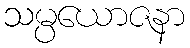
သမ္ပယောဇနာ